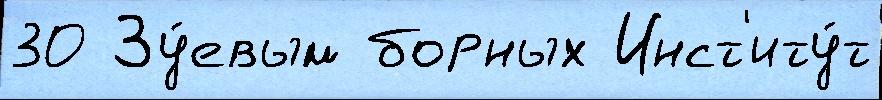
30 Зу́евым борных Инст'иту́т